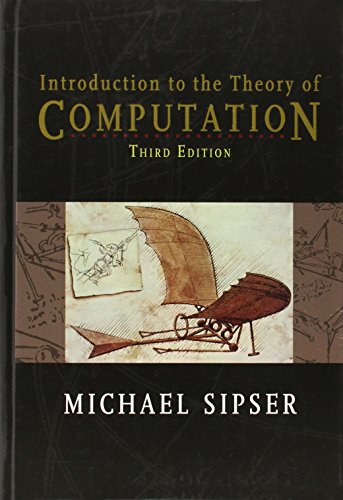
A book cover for Introduction to the Theory of Computation; Michael Sipser; Computers & Technology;